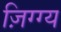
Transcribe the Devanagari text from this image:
ज़िग्ग्य